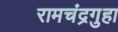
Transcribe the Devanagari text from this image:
रामचंद्रगुहा